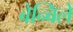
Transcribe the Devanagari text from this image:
बेन्विले